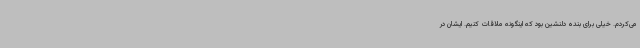
می‌کردم. خیلی برای بنده دلنشین بود که اینگونه ملاقات کنیم. ایشان در